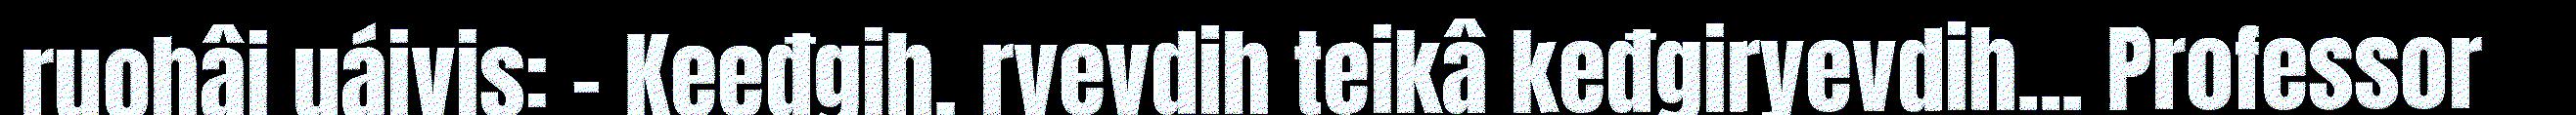
ruohâi uáivis: - Keeđgih, ryevdih teikâ keđgiryevdih... Professor